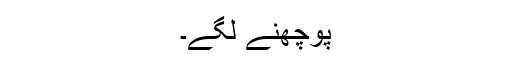
پوچھنے لگے۔